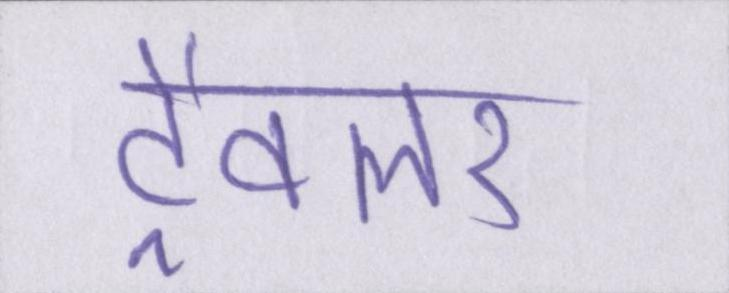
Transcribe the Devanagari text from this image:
ट्रैवलर